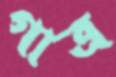
গাত্র